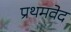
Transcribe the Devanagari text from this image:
प्रथमवेद